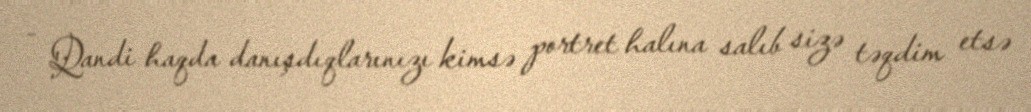
- Qandi haqda danışdıqlarınızı kimsə portret halına salıb sizə təqdim etsə